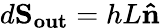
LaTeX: d\mathbf{S_{out}}=hL\mathbf{\hat{n}}